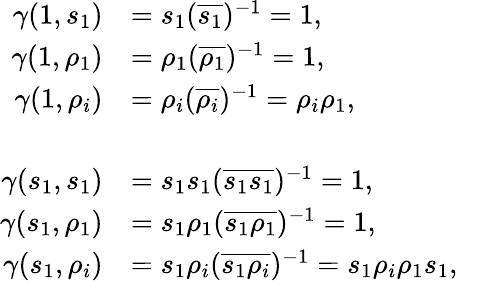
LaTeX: \begin{array}{rlr}{\gamma(1,s_{1})}&{=s_{1}(\overline{{s_{1}}})^{-1}=1,}\\ {\gamma(1,\rho_{1})}&{=\rho_{1}(\overline{{\rho_{1}}})^{-1}=1,}\\ {\gamma(1,\rho_{i})}&{=\rho_{i}(\overline{{\rho_{i}}})^{-1}=\rho_{i}\rho_{1},}\\ &{}&\\ {\gamma(s_{1},s_{1})}&{=s_{1}s_{1}(\overline{{s_{1}s_{1}}})^{-1}=1,}\\ {\gamma(s_{1},\rho_{1})}&{=s_{1}\rho_{1}(\overline{{s_{1}\rho_{1}}})^{-1}=1,}\\ {\gamma(s_{1},\rho_{i})}&{=s_{1}\rho_{i}(\overline{{s_{1}\rho_{i}}})^{-1}=s_{1}\rho_{i}\rho_{1}s_{1},}\end{array}